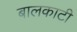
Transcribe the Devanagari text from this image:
बालकाटी